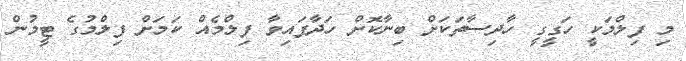
މި ފިލްމަކީ ހަގީގީ ހާދިސާތަކަށް ބިނާކޮށް ހަދާފައިވާ ފިލްމެއް ކަމަށް ފިލްމުގެ ޓީމުން